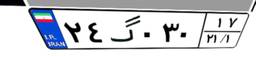
۲۴گ۰۳۰۱۷